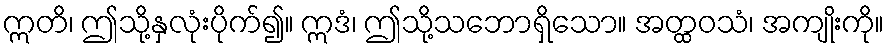
ဣတိ၊ ဤသို့နှလုံးပိုက်၍။ ဣဒံ၊ ဤသို့သဘောရှိသော။ အတ္ထဝသံ၊ အကျိုးကို။